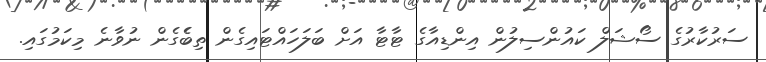
ސަރުކާރުގެ ސޯޝަލް ކައުންސިލުން އިންޑިއާގެ ޓާޓާ އަށް ބަލަހައްޓައިގެން ތިބެެގެން ނުވާނެ މިކަމުގައި.